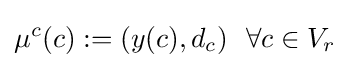
\mu ^{c}(c):=(y(c),d_{c})~~\forall c\in V_{r}